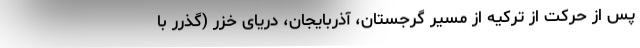
پس از حرکت از ترکیه از مسیر گرجستان، آذربایجان، دریای خزر (گذرر با